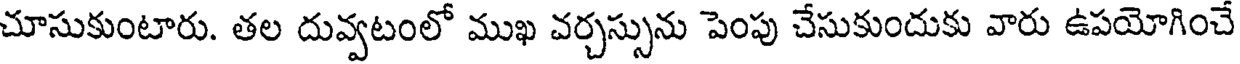
చూసుకుంటారు. తల దువ్వటంలో ముఖ వర్చస్సును పెంపు చేసుకుందుకు వారు ఉపయోగించే